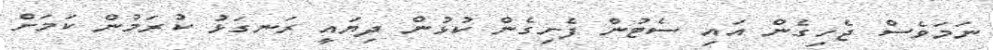
ނަމަވެސް ޖެހިގެން އައި ސެޓުން ފެށިގެން ކުޅުން ދިޔައީ ރަނގަޅު ކުރަމުން ކަމަށް